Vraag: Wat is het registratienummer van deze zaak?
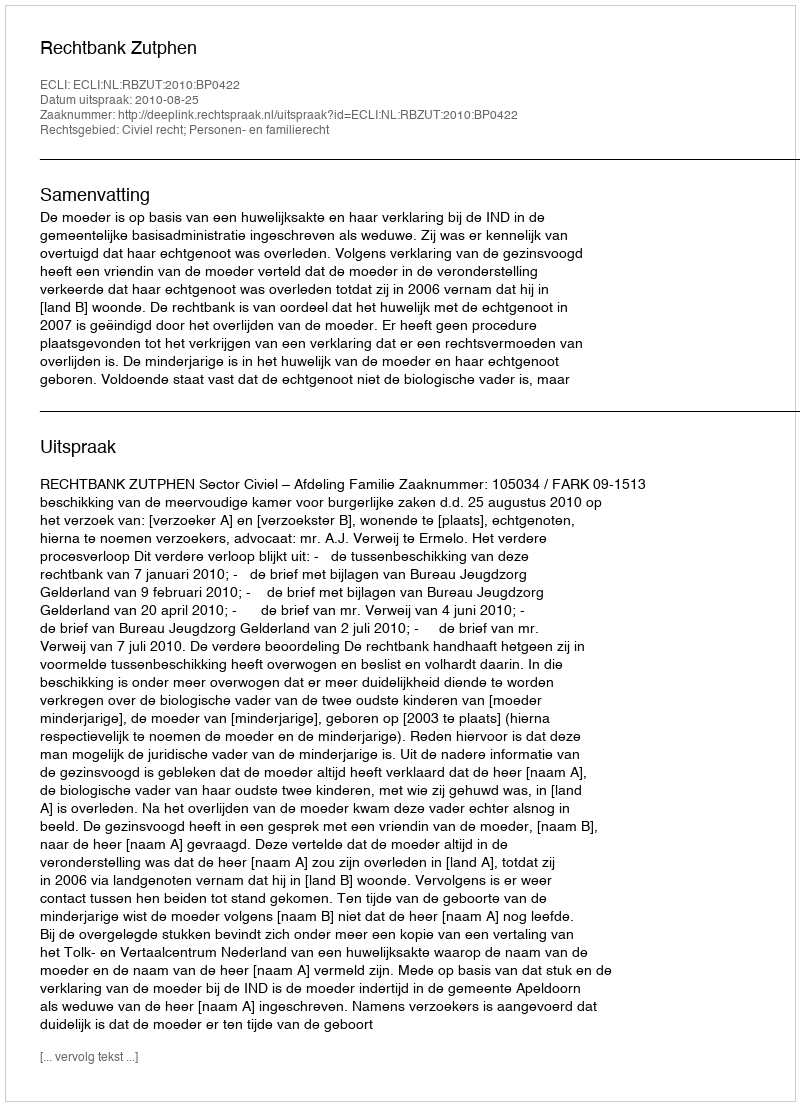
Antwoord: http://deeplink.rechtspraak.nl/uitspraak?id=ECLI:NL:RBZUT:2010:BP0422